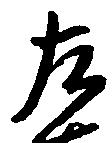
左